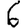
Digit: 6